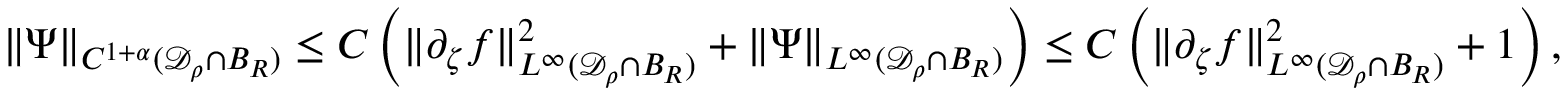
\| \Psi \| _ { C ^ { 1 + \alpha } ( { \mathcal { D } _ { \rho } \cap B _ { R } } ) } \le C \left( \| \partial _ { \zeta } f \| _ { L ^ { \infty } ( { \mathcal { D } _ { \rho } \cap B _ { R } } ) } ^ { 2 } + \| \Psi \| _ { L ^ { \infty } ( { \mathcal { D } _ { \rho } \cap B _ { R } } ) } \right) \le C \left( \| \partial _ { \zeta } f \| _ { L ^ { \infty } ( { \mathcal { D } _ { \rho } \cap B _ { R } } ) } ^ { 2 } + 1 \right) ,